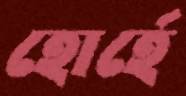
হোর্হে